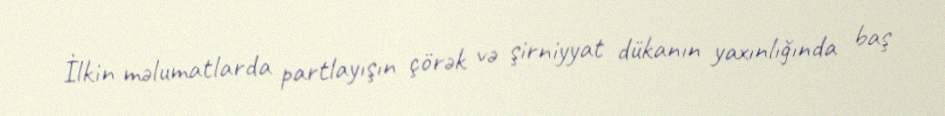
İlkin məlumatlarda partlayışın çörək və şirniyyat dükanın yaxınlığında baş